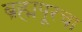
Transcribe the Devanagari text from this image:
ब्रह्मपूरचा